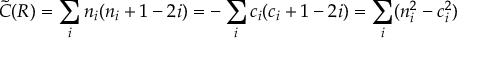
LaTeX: { \tilde { C } } ( R ) = \sum _ { i } n _ { i } ( n _ { i } + 1 - 2 i ) = - \sum _ { i } c _ { i } ( c _ { i } + 1 - 2 i ) = \sum _ { i } ( n _ { i } ^ { 2 } - c _ { i } ^ { 2 } )